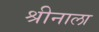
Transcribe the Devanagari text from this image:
श्रीनाला